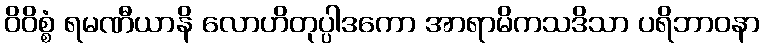
ဝိဝိစ္စံ ရမဏီယာနိ လောဟိတုပ္ပါဒကော အာရာမိကသဒိသာ ပရိဘာဝနာ